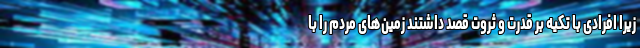
زیرا افرادی با تکیه بر قدرت و ثروت قصد داشتند زمین‌های مردم را با